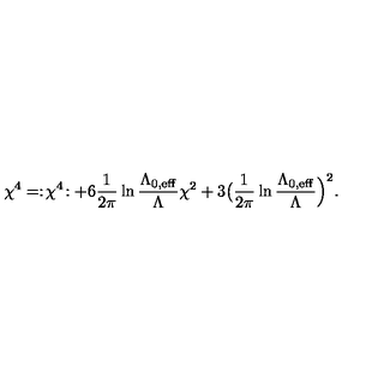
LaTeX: \chi ^ { 4 } = : \! \chi ^ { 4 } \! : + 6 { \frac { 1 } { 2 \pi } } \ln { \frac { \Lambda _ { 0 , \mathrm { e f f } } } { \Lambda } } \chi ^ { 2 } + 3 \bigl ( { \frac { 1 } { 2 \pi } } \ln { \frac { \Lambda _ { 0 , \mathrm { e f f } } } { \Lambda } } \Bigr ) ^ { 2 } .